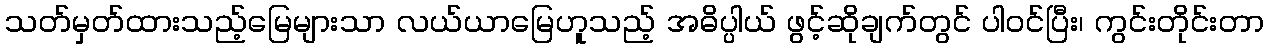
သတ်မှတ်ထားသည့်မြေများသာ လယ်ယာမြေဟူသည့် အဓိပ္ပါယ် ဖွင့်ဆိုချက်တွင် ပါဝင်ပြီး၊ ကွင်းတိုင်းတာ